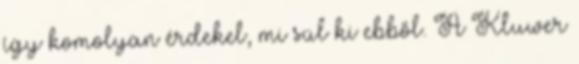
így komolyan érdekel, mi sül ki ebből. A Kluwer